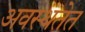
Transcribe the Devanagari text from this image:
अवस्थतेत